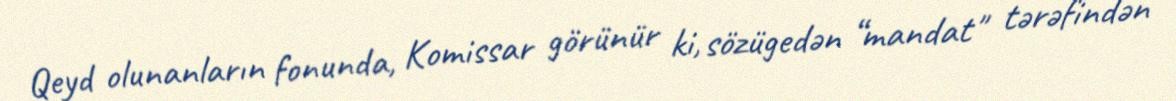
Qeyd olunanların fonunda, Komissar görünür ki, sözügedən “mandat" tərəfindən